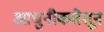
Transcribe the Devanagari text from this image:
आधुनीकतेतून